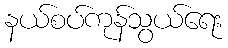
နယ်စပ်ကုန်သွယ်ရေး